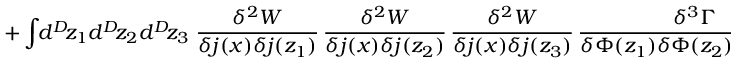
+ \int \! \! d ^ { D } \! z _ { 1 } d ^ { D } \! z _ { 2 } d ^ { D } \! z _ { 3 } \left. \frac { \delta ^ { 2 } W } { \delta j ( x ) \delta j ( z _ { 1 } ) } \, \frac { \delta ^ { 2 } W } { \delta j ( x ) \delta j ( z _ { 2 } ) } \, \frac { \delta ^ { 2 } W } { \delta j ( x ) \delta j ( z _ { 3 } ) } \, \frac { \delta ^ { 3 } \Gamma } { \delta \Phi ( z _ { 1 } ) \delta \Phi ( z _ { 2 } ) \delta \Phi ( z _ { 3 } ) } \right] ,